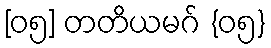
[၀၅] တတိယမဂ် {၀၅}